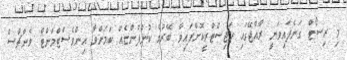
މި ރިސޯޓް ގަނެފައިވަނީ ރާއްޖޭގައި ރަޖިސްޓްރީކޮށްފައިވާ ބޭރުގެ ކުންފުންޏެެއް ކަމަށްވާ އިންވެސްޓްމަންޓް ވެންޗާސް